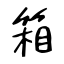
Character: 箱